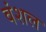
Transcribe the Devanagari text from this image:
वंशल